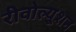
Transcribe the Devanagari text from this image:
रीवोल्यूशन